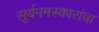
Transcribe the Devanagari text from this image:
सूर्यनमस्कारांचा